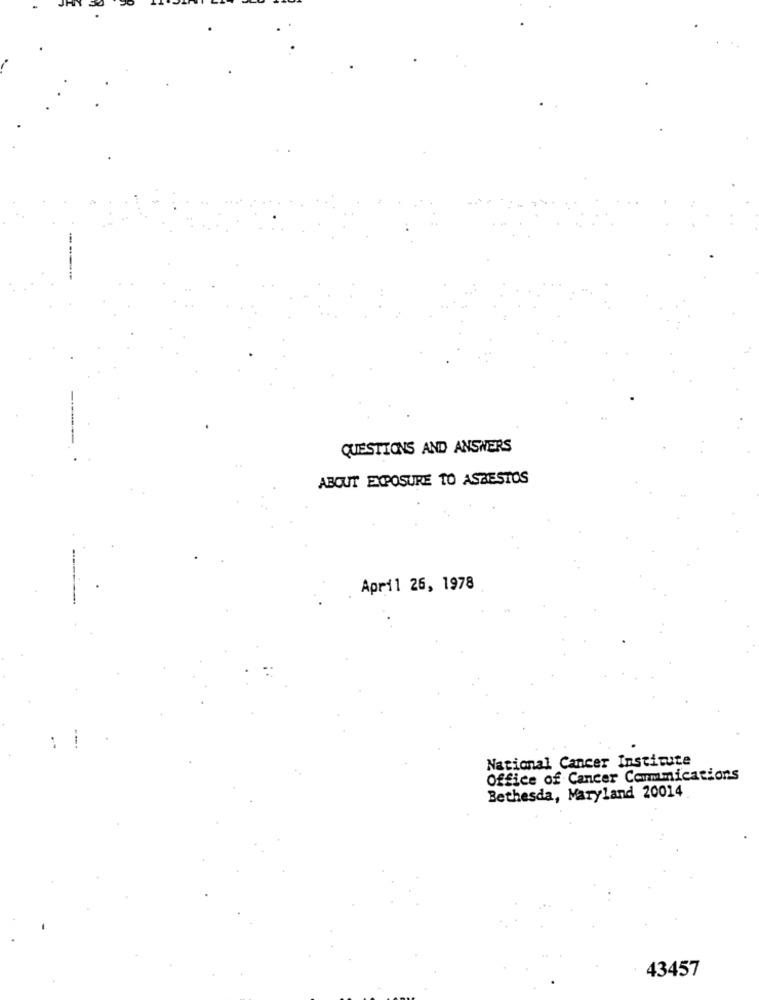
QUESTIONS AND ANSWERS
ABOUT EXPOSURE TO ASBESTOS
April 26, 1978
National Cancer Institute
Office of Cancer Commications
Bethesda, Maryland 20014
43457